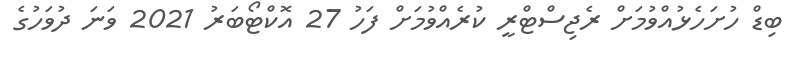
ބިޑް ހުށަހެޅުއްވުމަށް ރެޖިސްޓްރީ ކުރެއްވުމަށް ފަހު 27 އޮކްޓޯބަރު 2021 ވަނަ ދުވަހުގެ